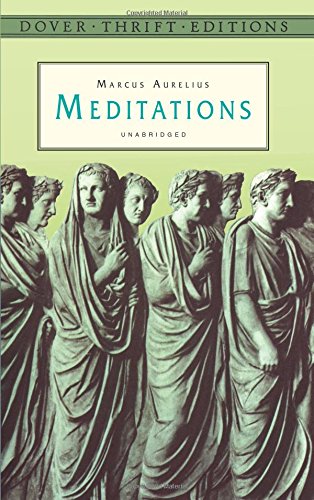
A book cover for Meditations (Dover Thrift Editions); Marcus Aurelius; Literature & Fiction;